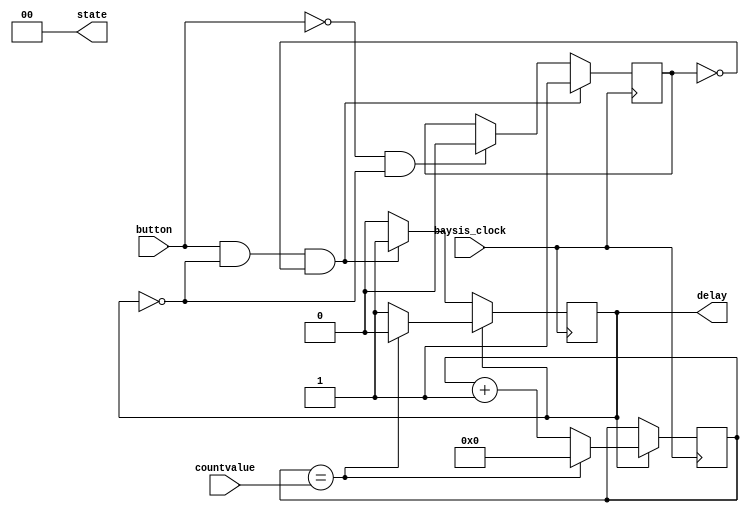
`timescale 1ns / 1ps
//////////////////////////////////////////////////////////////////////////////////
// Company: 
// Engineer: 
// 
// Design Name: 
// Module Name: OLED_button
// Project Name: 
// Target Devices: 
// Tool Versions: 
// Description: 
// 
// Dependencies: 
// 
// Revision:
// Revision 0.01 - File Created
// Additional Comments:
// 
//////////////////////////////////////////////////////////////////////////////////


module OLED_button(
    input button,baysis_clock,
    input [31:0] countvalue,
    output reg delay = 0,
    output reg [1:0] state = 2'b00
    );
    reg [31:0] count = 0;
    reg [31:0] count2 = 0;
    reg press = 0;
    
    always @(posedge baysis_clock) begin
    if(button == 0 && delay == 0)
        press <= 0;
    if(button == 1 && delay == 0 && press == 0) begin
        delay <= 1;
        press <= 1;
        end
    if(delay == 1) begin
        count <= (count == countvalue) ? 0:count+1;
        delay <= (count == countvalue) ? 0: delay;
        end
    end
endmodule